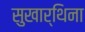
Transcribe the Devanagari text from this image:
सुखार्थिना